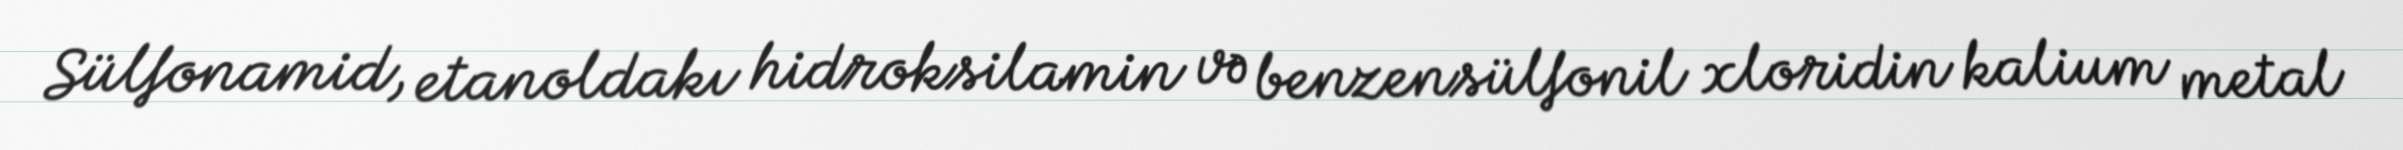
Sülfonamid, etanoldakı hidroksilamin və benzensülfonil xloridin kalium metal